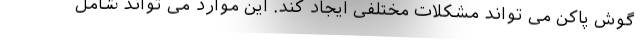
گوش پاکن می تواند مشکلات مختلفی ایجاد کند. این موارد می تواند شامل